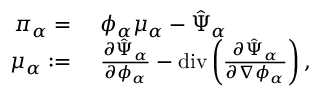
\begin{array} { r l } { \pi _ { \alpha } = } & { { } ~ \phi _ { \alpha } \mu _ { \alpha } - \hat { \Psi } _ { \alpha } } \\ { \mu _ { \alpha } : = } & { { } ~ \frac { \partial \hat { \Psi } _ { \alpha } } { \partial \phi _ { \alpha } } - \mathrm { d i v } \left( \frac { \partial \hat { \Psi } _ { \alpha } } { \partial \nabla \phi _ { \alpha } } \right) , } \end{array}